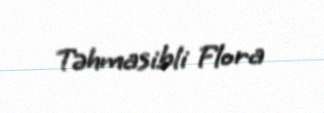
Təhmasibli Flora